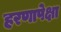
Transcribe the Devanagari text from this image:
हरणापेक्षा